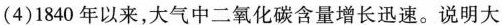
(4)1840年以来，大气中二氧化碳含量增长迅速。说明大